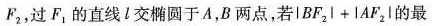
F_{2}，过F_{1}的直线l交椭圆于A，B两点，若 $$\left | B F _ { 2 } \right | + \left | A F _ { 2 } \right |$$ 的最